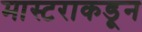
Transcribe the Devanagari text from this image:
मास्टराकडून